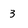
Character: 3